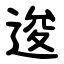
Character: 逡